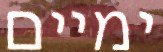
ימיים